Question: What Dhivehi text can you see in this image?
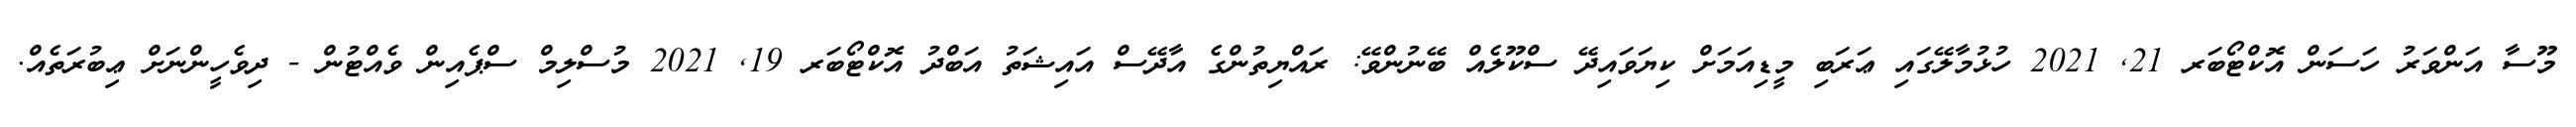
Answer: މޫސާ އަންވަރު ހަސަން އޮކްޓޯބަރ 21, 2021 ހުޅުމާލޭގައި ޢަރަބި މީޑިއަމަށް ކިޔަވައިދޭ ސްކޫލެއް ބޭނުންވޭ: ރައްޔިތުންގެ އާދޭސް އައިޝަތު އަބްދު އޮކްޓޯބަރ 19, 2021 މުސްލިމް ސްޕެއިން ވެއްޓުން - ދިވެހީންނަށް ޢިބުރަތެއް.